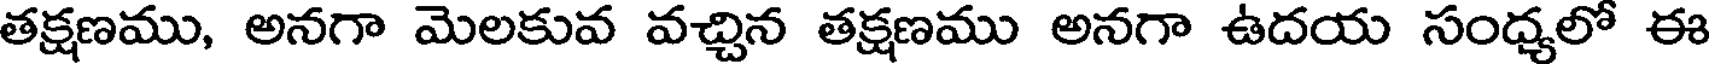
తక్షణము, అనగా మెలకువ వచ్చిన తక్షణము అనగా ఉదయ సంధ్యలో ఈ